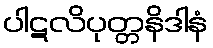
ပါဋလိပုတ္တနိဒါနံ